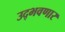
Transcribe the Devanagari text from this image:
उद्‌भवणार